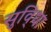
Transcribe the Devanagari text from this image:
सुवि्धा